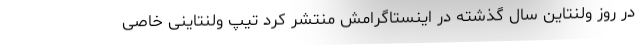
در روز ولنتاین سال گذشته در اینستاگرامش منتشر کرد تیپ ولنتاینی خاصی